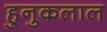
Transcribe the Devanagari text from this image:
हुनुकलाल